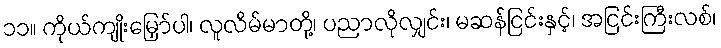
၁၁။ ကိုယ်ကျိုးမြှော်ပါ၊ လူလိမ်မာတို့၊ ပညာလိုလျှင်း၊ မဆန်ငြင်းနှင့်၊ အငြင်းကြီးလစ်၊